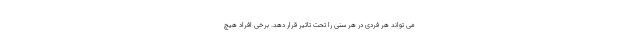
می تواند هر فردی در هر سنی را تحت تاثیر قرار دهد. برخی افراد هیچ